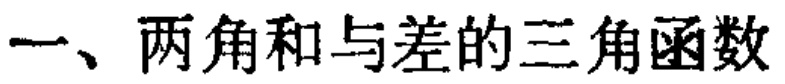
一、两角和与差的三角函数